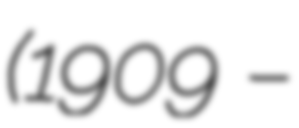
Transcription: (1909 –